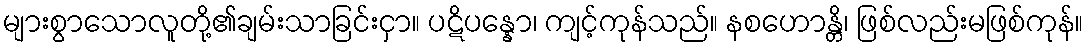
များစွာသောလူတို့၏ချမ်းသာခြင်းငှာ။ ပဋိပန္နော၊ ကျင့်ကုန်သည်။ နစဟောန္တိ၊ ဖြစ်လည်းမဖြစ်ကုန်။